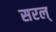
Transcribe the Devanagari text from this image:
सरल्